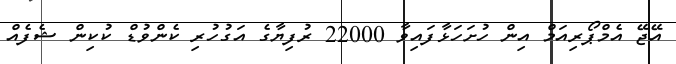
އޭޖޭ އެމްޕޯރިއަމް އިން ހުށަހަޅާފައިވާ 22000 ރުފިޔާގެ އަގުހުރި ކެންވުޑް ކުކިން ޝެފެއް